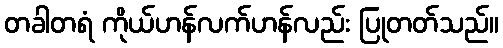
တခါတရံ ကိုယ်ဟန်လက်ဟန်လည်း ပြုတတ်သည်။